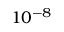
1 0 ^ { - 8 }